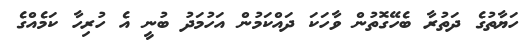
ހަޔާތުގެ ދަތުރާ ބެހޭގޮތުން ވާހަކަ ދައްކަމުން އަހުމަދު ބުނީ އެ ހުރިހާ ކަމެއްގެ